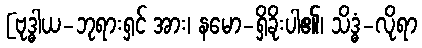
[ဗုဒ္ဓါယ-ဘုရားရှင် အား၊ နမော-ရှိခိုးပါ၏၊ သိဒ္ဓံ-လိုရာ